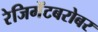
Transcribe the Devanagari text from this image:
रेजिमेंटबरोबर